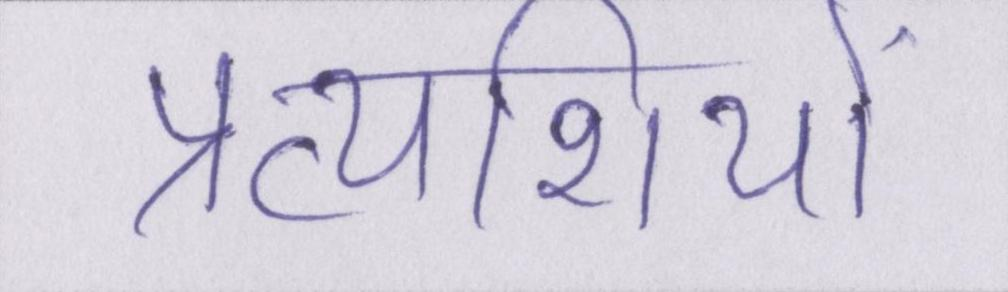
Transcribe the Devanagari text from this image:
प्रत्याशियों